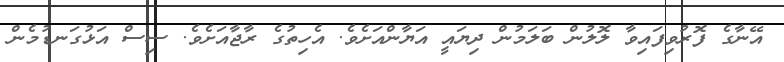
އޭނާގެ ފޮރުވިފައިވާ ލޮލުން ބަލަމުން ދިޔައީ އަޔާންއަށެވެ. އެހިތުގެ ރާޖާއަށެވެ. ސިސް އަޅުގަނޑުމެން